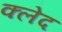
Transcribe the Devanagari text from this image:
क्‍लेद